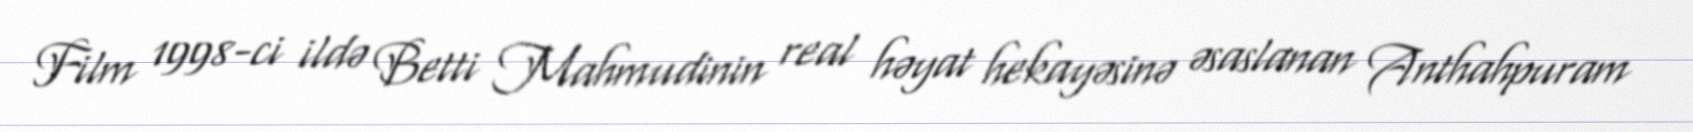
Film 1998-ci ildə Betti Mahmudinin real həyat hekayəsinə əsaslanan Anthahpuram